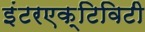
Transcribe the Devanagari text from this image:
इंटरएक्टिविटी